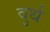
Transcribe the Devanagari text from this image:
वुर्थ